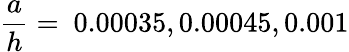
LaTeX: \frac{a}{h}=~0.00035,0.00045,0.001